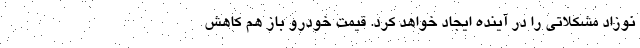
نوزاد مشکلاتی را در آینده ایجاد خواهد کرد. قیمت خودرو باز هم کاهش